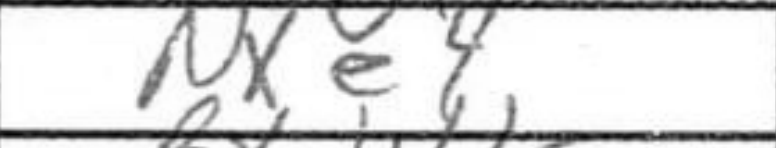
Transcription: Nxe4